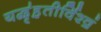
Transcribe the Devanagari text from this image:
यद्बृ॑ह॒तीर्विश्वं॒